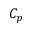
C _ { p }